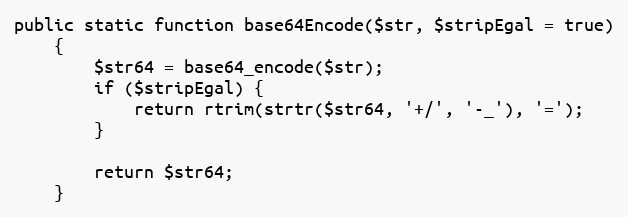
Language: PHP
public static function base64Encode($str, $stripEgal = true)
    {
        $str64 = base64_encode($str);
        if ($stripEgal) {
            return rtrim(strtr($str64, '+/', '-_'), '=');
        }

        return $str64;
    }